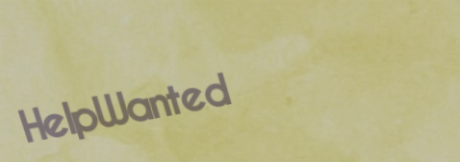
HelpWanted